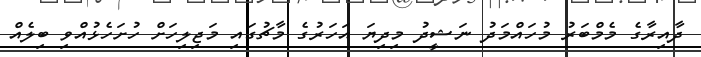
ދާއިރާގެ މެމްބަރު މުހައްމަދު ނަޝީދު މިދިޔަ އަހަރުގެ މާޗުގައި މަޖިލިހަށް ހުށަހެޅުއްވި ބިލެއް